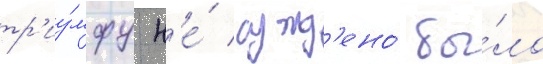
тр'иу́мфу н'е́ сужд'ено́ бы́ло